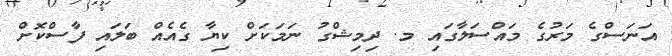
އަނަސްގެ މަރުގެ މައްސަލާގައި މ. ދިމިޝްގު ނަމަކަށް ކިޔާ ގެއެއް ބަލައި ފާސްކޮށް